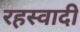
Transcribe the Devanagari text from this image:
रहस्वादी